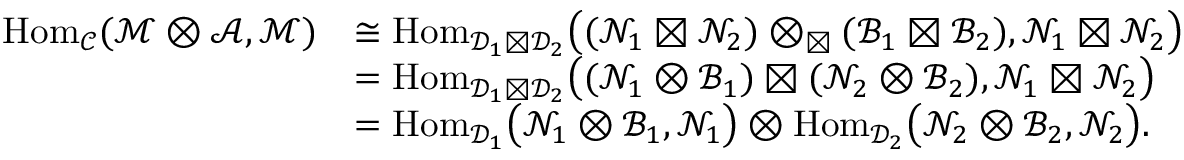
\begin{array} { r l } { \mathrm { H o m } _ { \mathscr { C } } ( \mathcal { M } \otimes \mathcal { A } , \mathcal { M } ) } & { \cong \mathrm { H o m } _ { \mathscr { D } _ { 1 } \boxtimes \mathscr { D } _ { 2 } } \big ( ( \mathcal { N } _ { 1 } \boxtimes \mathcal { N } _ { 2 } ) \otimes _ { \boxtimes } ( \mathcal { B } _ { 1 } \boxtimes \mathcal { B } _ { 2 } ) , \mathcal { N } _ { 1 } \boxtimes \mathcal { N } _ { 2 } \big ) } \\ & { = \mathrm { H o m } _ { \mathscr { D } _ { 1 } \boxtimes \mathscr { D } _ { 2 } } \big ( ( \mathcal { N } _ { 1 } \otimes \mathcal { B } _ { 1 } ) \boxtimes ( \mathcal { N } _ { 2 } \otimes \mathcal { B } _ { 2 } ) , \mathcal { N } _ { 1 } \boxtimes \mathcal { N } _ { 2 } \big ) } \\ & { = \mathrm { H o m } _ { \mathscr { D } _ { 1 } } \big ( \mathcal { N } _ { 1 } \otimes \mathcal { B } _ { 1 } , \mathcal { N } _ { 1 } \big ) \otimes \mathrm { H o m } _ { \mathscr { D } _ { 2 } } \big ( \mathcal { N } _ { 2 } \otimes \mathcal { B } _ { 2 } , \mathcal { N } _ { 2 } \big ) . } \end{array}